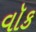
વૉક